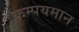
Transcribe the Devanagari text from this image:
कम्पयमान